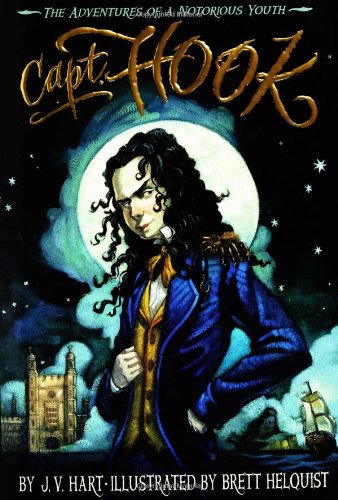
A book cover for Capt. Hook: The Adventures of a Notorious Youth; J. V. Hart; Children's Books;